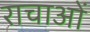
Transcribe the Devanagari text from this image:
राचाओं